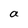
Character: a